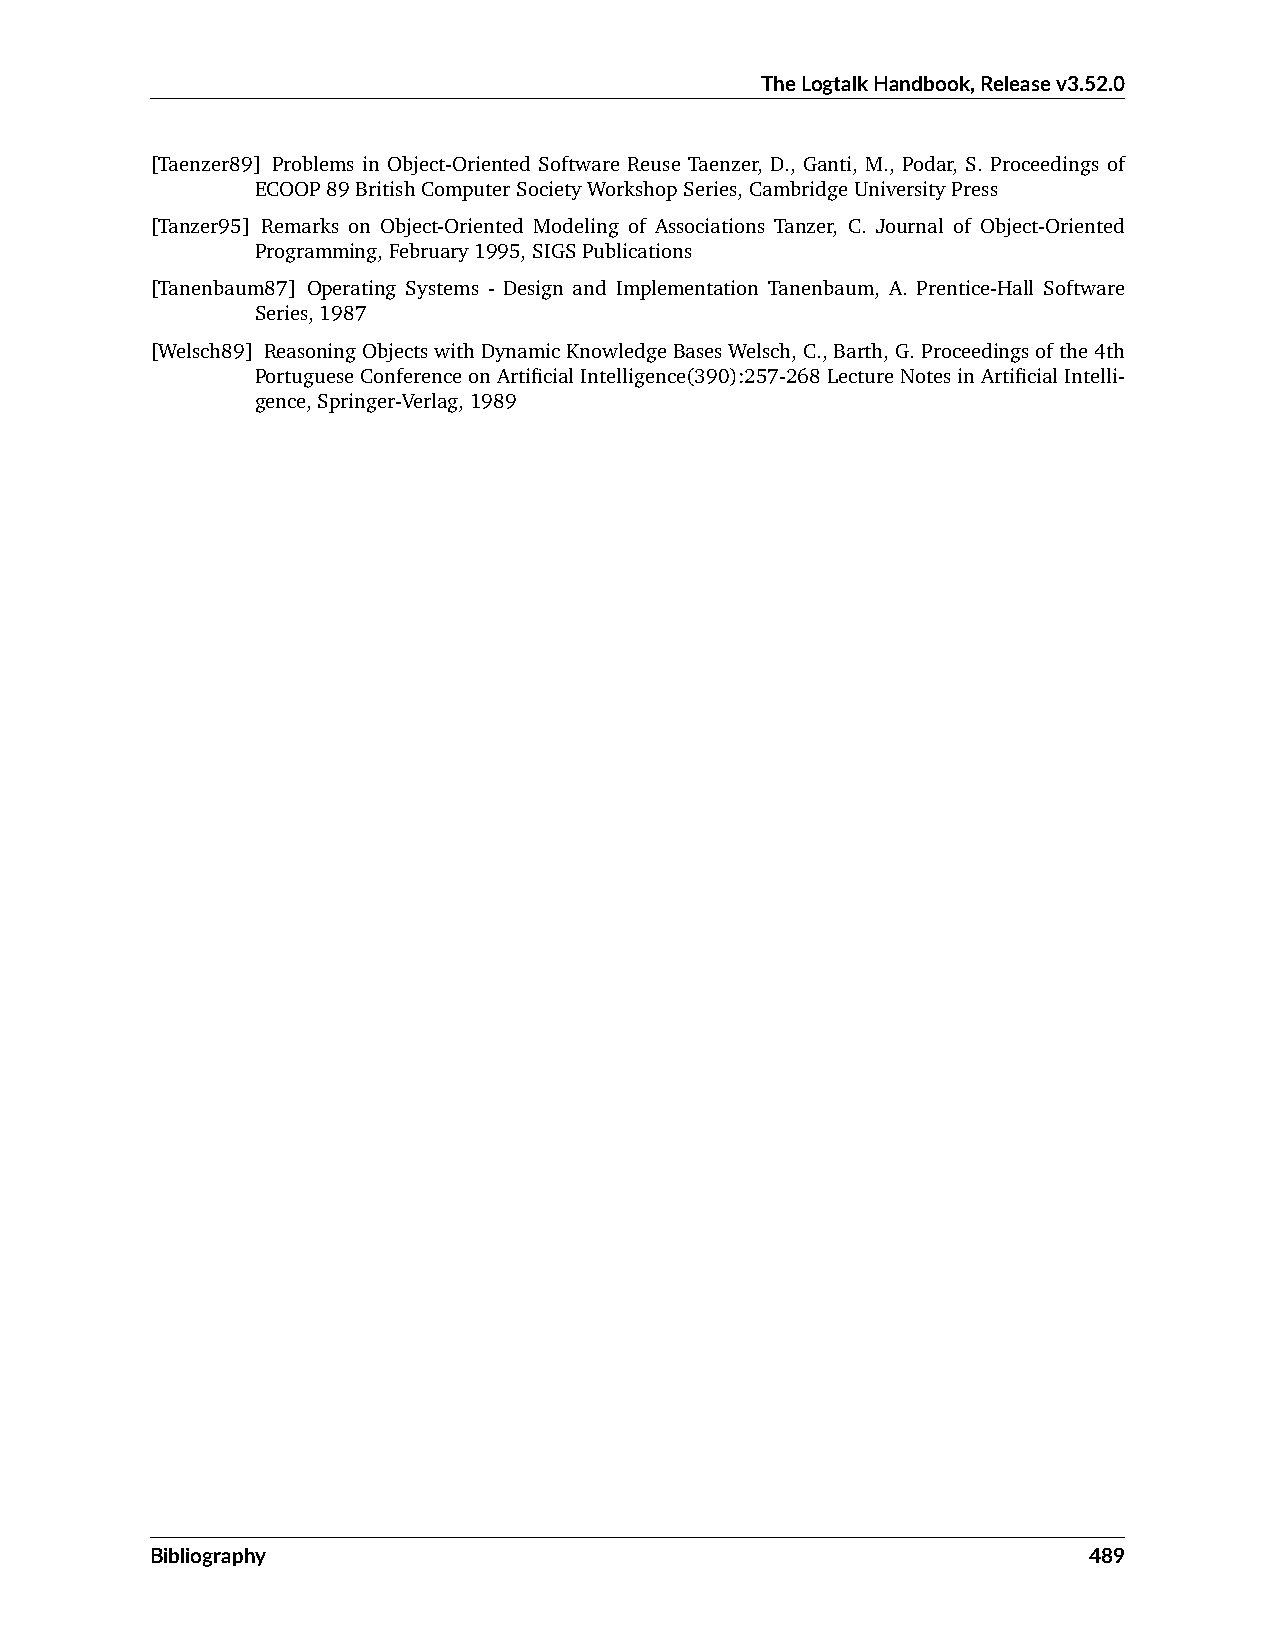
TheLogtalkHandbook,Releasev3.52.0
 [Taenzer89] Problems in Object-Oriented Software Reuse Taenzer, D., Ganti, M., Podar, S. Proceedings of
 ECOOP89BritishComputerSocietyWorkshopSeries,CambridgeUniversityPress
 [Tanzer95] Remarks on Object-Oriented Modeling of Associations Tanzer, C. Journal of Object-Oriented
 Programming,February1995,SIGSPublications
 [Tanenbaum87] Operating Systems - Design and Implementation Tanenbaum, A. Prentice-Hall Software
 Series,1987
 [Welsch89] ReasoningObjectswithDynamicKnowledgeBasesWelsch,C.,Barth,G.Proceedingsofthe4th
 PortugueseConferenceonArtificialIntelligence(390):257-268LectureNotesinArtificialIntelli-
 gence,Springer-Verlag,1989
 Bibliography                                                  489